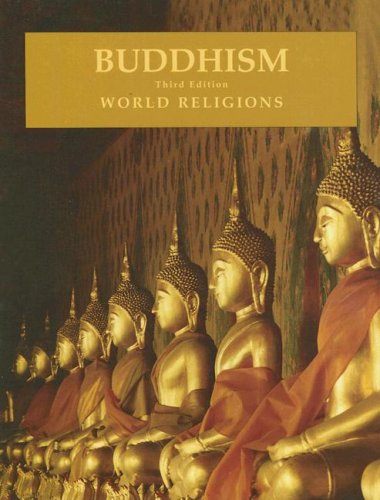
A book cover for Buddhism: World Religions (World Religions (Facts on File)); Madhu Bazaz Wangu; Teen & Young Adult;